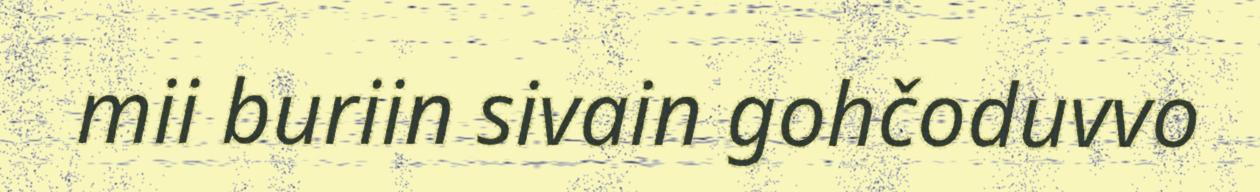
mii buriin sivain gohčoduvvo